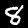
Label: 8